Vaccination report Assam 1896-1927 - 1896-1927
Year: 1896
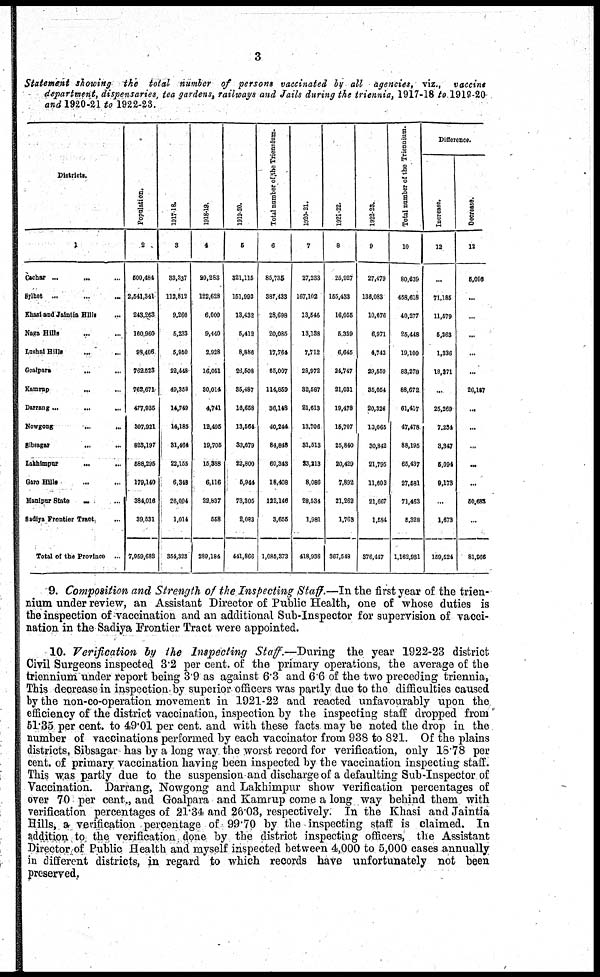
3
Statement showing the total number of persons vaccinated by all agencies, viz., vaccine
department, dispensaries tea gardens, railways and Jails during the triennia, 1917-18 to. 1919-20
Districts.
1
Cachar ... ... ...
Sylhet
...
...
...
Khasi and Jaintia Hills ...
Naga Hills
...
...
Lushai Hills ... ...
Goalpara
...
...
Kamrup
...
...
Darrang...
... ... ...
Nowgong
...
...
Sibsagar ... ...
Lakhimpur
...
...
Garo Bills
...
...
Manipur State ... ...
Sadiya Frontier Tract
...
Total of the Province ...
Population.
2
500,484
2,541,341
243,263
160,960
98,406
762,523
762,671
477,935
397,921
823,197
588,295
179,140
384,016
39,531
7,959,683
1917-18.
3
33,337
112,812
9,266
5,233
5,950
22,448
49,358
14,749
14,185
31,464
22,155
6,348
26,004
1,014
354,323
1918-19.
4
20,283
122,628
6,000
9,440
2,928
16,051
30,014
4,741
12,495
19,705
15,388
6,116
22,837
558
289,184
1919-20.
5
321,115
151,993
13,432
5,412
8,886
26,508
35,487
16,658
13,564
33,679
22,800
5,944
73,305
2,083
441,866
Total number of the Triennium.
6
85,735
387,433
28,698
20,085
17,764
65,007
114,859
36,148
40,244
84,848
60,343
18,408
122,146
3,655
1,085,373
1920-21.
7
27,233
167,102
13,546
13,138
7,712
28,972
32,587
21,613
13,706
31,513
23,213
8,086
28,534
1,981
418,936
1921-22.
8
25,027
155,438
16,055
5,339
6,645
24,747
21,031
19,478
15,707
25,840
20,429
7,892
21,262
1,763
367,548
1922-23.
9
27,479
136,083
10,676
6,971
4,743
29,559
35,054
20,326
10,065
30,842
21,795
11,603
21,667
1,584
376,447
Total number of the Triennium.
10
80,639
458,618
40,277
25,448
19,100
83,278
88,672
61,417
47,478
88,195
65,437
27,581
71,463
5,328
1,162,931
Difference.
Increase.
12
...
71,185
11,579
5,263
1,336
18,271
...
25,269
7,234
3,847
5,094
9,173
...
1,673
159,524
Decrease.
13
5,096
...
...
...
...
...
26,107
...
...
...
...
...
50,683
...
81,966
9. Composition and Strength of the Inspecting Staff.—In the first year of the trien-
nium under review, an Assistant Director of Public Health, one of whose duties is
the inspection of vaccination and an additional Sub-Inspector for supervision of vacci-
nation in the Sadiya Frontier Tract were appointed.
10. Verification by the Inspecting Staff.—During the year 1922-23 district
Civil Surgeons inspected 3.2 per cent. of the primary operations, the average of the
triennium under report being 3.9 as against 6.3 and 6.6 of the two preceding triennia,
This decrease in inspection, by superior officers was partly due to the difficulties caused
by the non-co-operation movement in 1921-22 and reacted unfavourably upon the
efficiency of the district vaccination, inspection by the inspecting staff dropped from
51.35 per cent. to 49.01 per cent. and with these facts may be noted the drop in the
number of vaccinations performed by each vaccinator from 938 to 821. Of the plains
districts, Sibsagar has by a long way the worst record for verification, only 18.78 per
cent. of primary vaccination having been inspected by the vaccination inspecting staff.
This was partly due to the suspension and discharge of a defaulting Sub-Inspector of
Vaccination. Darrang, Nowgong and Lakhimpur show verification percentages of
over 70 per cent., and Goalpara and Kamrup come a long way behind them with
verification percentages of 21.34 and 26.03, respectively. In the Khasi and Jaintia
Hills, a verification percentage of 99.70 by the inspecting staff is claimed. In
addition to the verification done by the district inspecting officers, the Assistant
Director of Public Health and myself inspected between 4,000 to 5,000 cases annually
in different districts, in regard to which records have unfortunately not been
preserved.